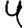
Digit: 4